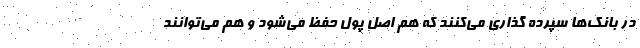
در بانک‌ها سپرده گذاری می‌کنند که هم اصل پول حفظ می‌شود و هم می‌توانند